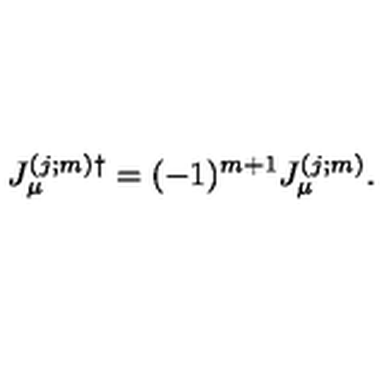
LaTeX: J _ { \mu } ^ { ( j ; m ) \dag } = ( - 1 ) ^ { m + 1 } J _ { \mu } ^ { ( j ; m ) } .